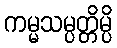
ကမ္မသမ္ပတ္တိမ္ပိ